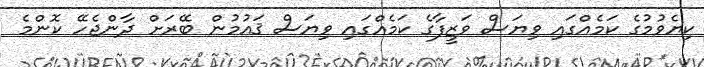
ކިޔެވުމުގެ ކަމެއްގައި ވިޔަސް ވަޒީފާގެ ކަމެއްގައި ވިޔަސް ޤައުމުން ބޭރަށް ދާންޖެހޭ ކޮންމެ